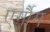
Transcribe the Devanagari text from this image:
एर्गौग